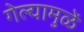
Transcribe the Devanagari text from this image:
गेल्यामुळें